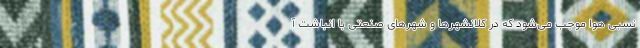
نسبی هوا موجب می‌شود که در کلانشهر‌ها و شهر‌های صنعتی با انباشت آ